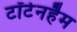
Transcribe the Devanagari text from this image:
टॉटेनहैम